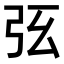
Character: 𢏁